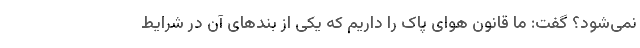
نمی‌شود؟ گفت: ما قانون هوای پاک را داریم که یکی از بندهای آن در شرایط